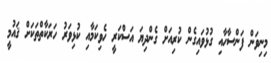
މިނިވަން ފަންސާހާއި ގުޅުވައިގެން ކުރިއަށް ގެންދިޔަ އަސްކަރީ ހެވިކަމާއި ކުޅިވަރު ހަރަކާތްތަކަށް ޤައުމީ